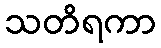
သတိရကာ